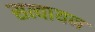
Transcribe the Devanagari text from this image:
सत्यायन